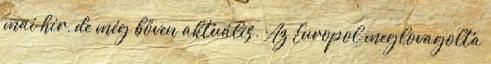
mai hír, de még bőven aktuális. Az Europol meglovagolta